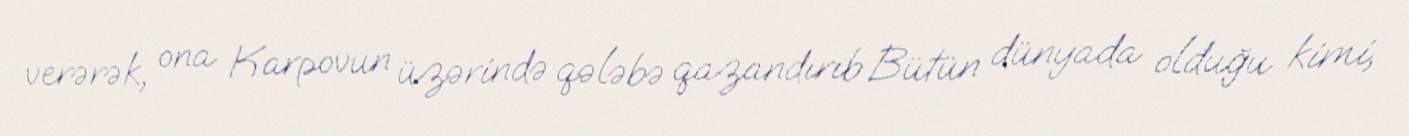
verərək, ona Karpovun üzərində qələbə qazandırıb Bütün dünyada olduğu kimi,